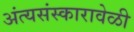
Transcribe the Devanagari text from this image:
अंत्यसंस्कारावेळी